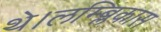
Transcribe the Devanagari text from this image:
थे।लम्ब्लिकास